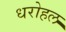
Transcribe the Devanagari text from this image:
धरोहल